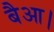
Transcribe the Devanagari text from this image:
बैआ।